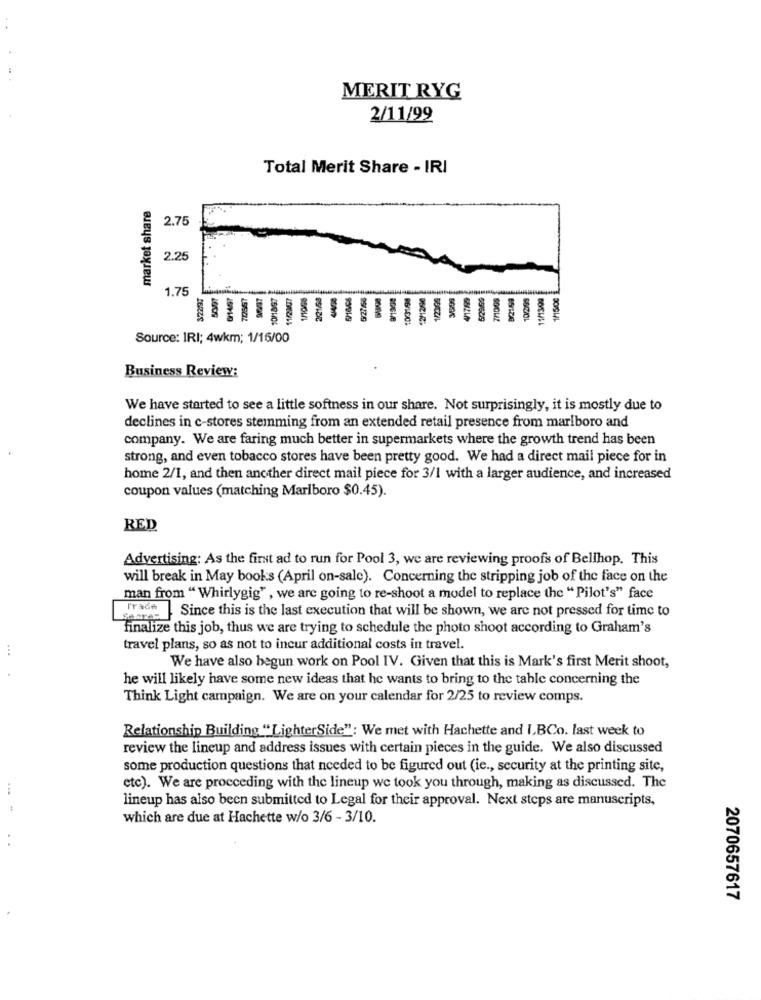
MERIT RYG
2/11/99
Total Merit Share - IRI
market share
2.75
2.25
1.75
1500
-
Source: IRI; 4wkm; 1/16/00
Business Review:
We have started to see a little softness in our share. Not surprisingly, it is mostly due to
declines in c-stores stemming from an extended retail presence from marlboro and
company. We are faring much better in supermarkets where the growth trend has been
strong, and even tobacco stores have been pretty good. We had a direct mail piece for in
home 2/1, and then another direct mail piece for 3/1 with a larger audience, and increased
coupon values (matching Marlboro $0.45).
RED
Advertising: As the first ad to run for Pool 3, we are reviewing proofs of Bellhop. This
will break in May books (April on-sale). Concerning the stripping job of the face on the
man from " Whirlygig" , we are going to re-shoot a model to replace the " Pilot's" face
FYadw Since this is the last execution that will be shown, we are not pressed for time to
finalize this job, thus we are trying to schedule the photo shoot according to Graham's
...
travel plans, so as not to incur additional costs in travel.
We have also begun work on Pool IV. Given that this is Mark's first Merit shoot,
he will likely have some new ideas that he wants to bring to the table concerning the
Think Light campaign. We are on your calendar for 2/25 to review comps.
Relationship Building "LighterSide": We met with Hachette and I.BCo. last week to
review the lineup and address issues with certain pieces in the guide. We also discussed
some production questions that needed to be figured out (ie ., security at the printing site,
etc). We are procceding with the lineup we took you through, making as discussed. The
lineup has also been submitted to Legal for their approval. Next steps are manuscripts.
which are due at Hachette w/o 3/6 - 3/10.
2070657617